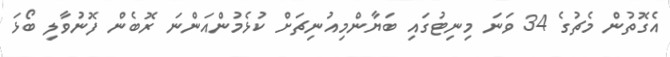
އެގޮތުން މެޗުގެ 34 ވަނަ މިނިޓުގައި ބަޔާންމިއުނިޗަށް ކުޅެމުންއަންނަ ރޮބެން ފޮނުވާލި ބޯޅަ